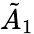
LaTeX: {\tilde{A}}_{1}